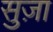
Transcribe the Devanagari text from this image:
सुज़ा